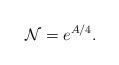
LaTeX: \begin{align*}{\cal N} = e^{A/4}.\end{align*}